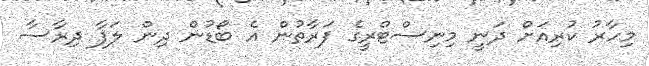
މިހާރު ކުރިއަށް ދަނީ މިނިސްޓްރީގެ ފަރާތުން އެ ބޯޑުން ދިން ލަފާ ދިރާސާ